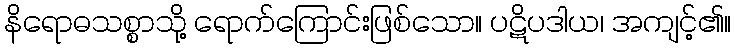
နိရောဓသစ္စာသို့ ရောက်ကြောင်းဖြစ်သော။ ပဋိပဒါယ၊ အကျင့်၏။